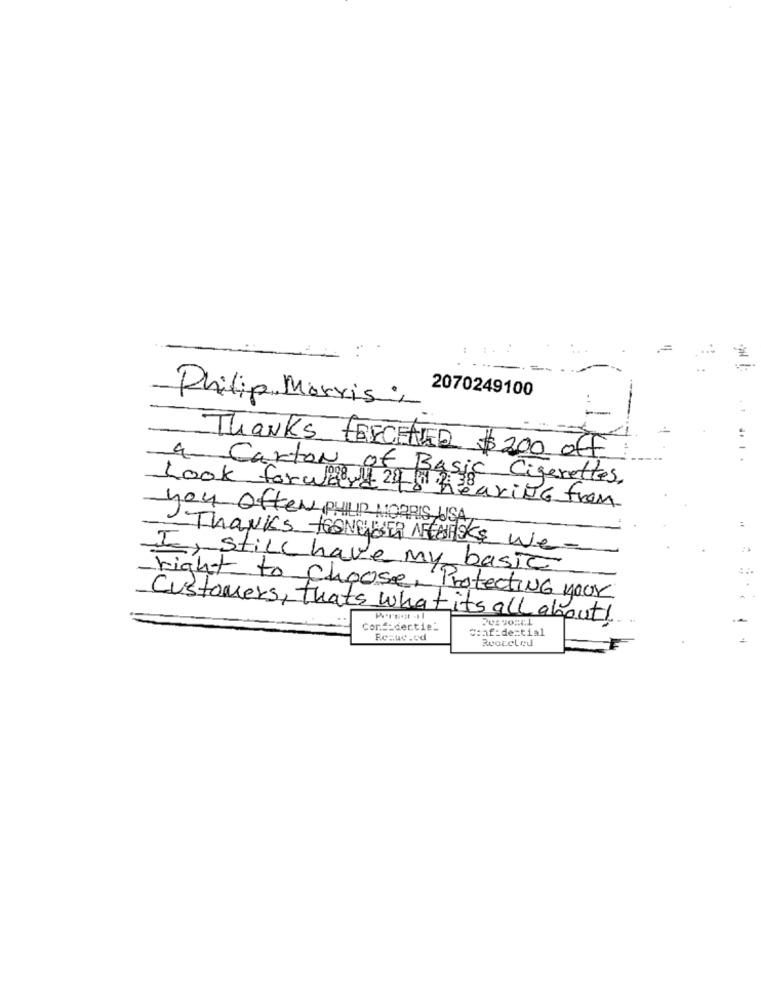
2070249100
Philip Morris;
1.
Thanks TESCHNER $ 200 off
4- Carton of Basic Cigarettes,
Look forward " hearing from
you often PHILIP MORRIS USA
Thanks toaNEWSER MECHASKE We-
I, still have my basic
right to choose, Protecting your
Customers, that's what it's all about!
Conf:dertie-
confidential
Reaccled